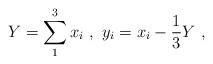
LaTeX: \begin{align*} Y=\sum_1^3 x_i \ ,\ y_i = x_i - \frac{1}{3}Y\ ,\end{align*}